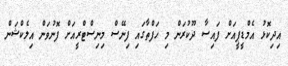
އިދިކޮޅު އެމްޑީޕީއަށް ފައިސާ ދޫކުރަން މި ހަފްތާގައި ފިނޭސް މިނިސްޓްރީއަށް ފޮނުވަން އިލެކްޝަން